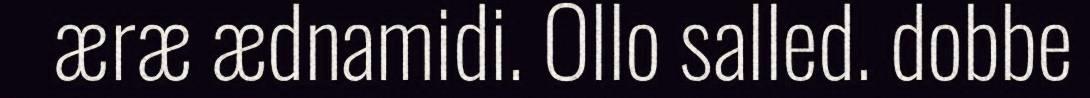
æræ ædnamidi. Ollo salled. dobbe